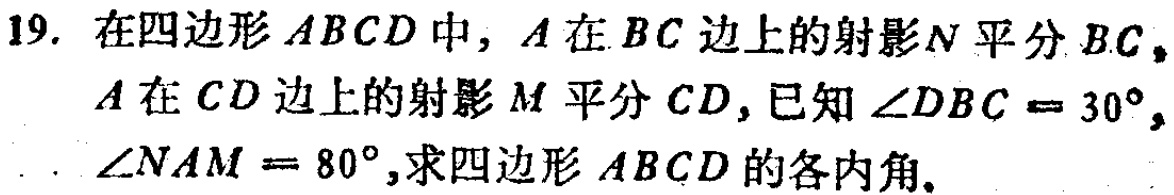
19. 在四边形\(ABCD\)中，\(A\)在\(BC\)边上的射影\(N\)平分\(BC\)，\(A\)在\(CD\)边上的射影\(M\)平分\(CD\)，已知\(\angle DBC = 30^{\circ}\)，\(\angle NAM = 80^{\circ}\)，求四边形\(ABCD\)的各内角。